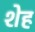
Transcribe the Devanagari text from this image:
शेह